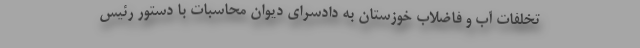
تخلفات آب و فاضلاب خوزستان به دادسرای دیوان محاسبات با دستور رئیس